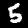
Label: 5